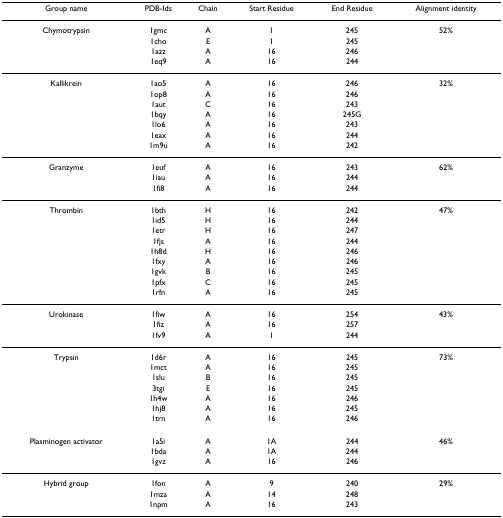
<table><thead><tr><td><b>Group name</b></td><td><b>PDB-Ids</b></td><td><b>Chain</b></td><td><b>Start Residue</b></td><td><b>End Residue</b></td><td><b>Alignment identity</b></td></tr></thead><tbody><tr><td>Chymotrypsin</td><td>1gmc</td><td>A</td><td>1</td><td>245</td><td>52%</td></tr><tr><td></td><td>1cho</td><td>E</td><td>1</td><td>245</td><td></td></tr><tr><td></td><td>1azz</td><td>A</td><td>16</td><td>246</td><td></td></tr><tr><td></td><td>1eq9</td><td>A</td><td>16</td><td>244</td><td></td></tr><tr><td>Kallikrein</td><td>1ao5</td><td>A</td><td>16</td><td>246</td><td>32%</td></tr><tr><td></td><td>1op8</td><td>A</td><td>16</td><td>246</td><td></td></tr><tr><td></td><td>1aut</td><td>C</td><td>16</td><td>243</td><td></td></tr><tr><td></td><td>1bqy</td><td>A</td><td>16</td><td>245G</td><td></td></tr><tr><td></td><td>1lo6</td><td>A</td><td>16</td><td>243</td><td></td></tr><tr><td></td><td>1eax</td><td>A</td><td>16</td><td>244</td><td></td></tr><tr><td></td><td>1m9u</td><td>A</td><td>16</td><td>242</td><td></td></tr><tr><td>Granzyme</td><td>1euf</td><td>A</td><td>16</td><td>243</td><td>62%</td></tr><tr><td></td><td>1iau</td><td>A</td><td>16</td><td>244</td><td></td></tr><tr><td></td><td>1fi8</td><td>A</td><td>16</td><td>244</td><td></td></tr><tr><td>Thrombin</td><td>1bth</td><td>H</td><td>16</td><td>242</td><td>47%</td></tr><tr><td></td><td>1id5</td><td>H</td><td>16</td><td>244</td><td></td></tr><tr><td></td><td>1etr</td><td>H</td><td>16</td><td>247</td><td></td></tr><tr><td></td><td>1fjs</td><td>A</td><td>16</td><td>244</td><td></td></tr><tr><td></td><td>1h8d</td><td>H</td><td>16</td><td>246</td><td></td></tr><tr><td></td><td>1fxy</td><td>A</td><td>16</td><td>246</td><td></td></tr><tr><td></td><td>1gvk</td><td>B</td><td>16</td><td>245</td><td></td></tr><tr><td></td><td>1pfx</td><td>C</td><td>16</td><td>245</td><td></td></tr><tr><td></td><td>1rfn</td><td>A</td><td>16</td><td>245</td><td></td></tr><tr><td>Urokinase</td><td>1fiw</td><td>A</td><td>16</td><td>254</td><td>43%</td></tr><tr><td></td><td>1fiz</td><td>A</td><td>16</td><td>257</td><td></td></tr><tr><td></td><td>1fv9</td><td>A</td><td>1</td><td>244</td><td></td></tr><tr><td>Trypsin</td><td>1d6r</td><td>A</td><td>16</td><td>245</td><td>73%</td></tr><tr><td></td><td>1mct</td><td>A</td><td>16</td><td>245</td><td></td></tr><tr><td></td><td>1slu</td><td>B</td><td>16</td><td>245</td><td></td></tr><tr><td></td><td>3tgi</td><td>E</td><td>16</td><td>245</td><td></td></tr><tr><td></td><td>1h4w</td><td>A</td><td>16</td><td>246</td><td></td></tr><tr><td></td><td>1hj8</td><td>A</td><td>16</td><td>245</td><td></td></tr><tr><td></td><td>1trn</td><td>A</td><td>16</td><td>246</td><td></td></tr><tr><td>Plasminogen activator</td><td>1a5i</td><td>A</td><td>1A</td><td>244</td><td>46%</td></tr><tr><td></td><td>1bda</td><td>A</td><td>1A</td><td>244</td><td></td></tr><tr><td></td><td>1gvz</td><td>A</td><td>16</td><td>246</td><td></td></tr><tr><td>Hybrid group</td><td>1fon</td><td>A</td><td>9</td><td>240</td><td>29%</td></tr><tr><td></td><td>1mza</td><td>A</td><td>14</td><td>248</td><td></td></tr><tr><td></td><td>1npm</td><td>A</td><td>16</td><td>243</td><td></td></tr></tbody></table>